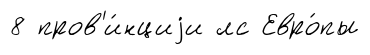
8 пров'и́нциjи лс Евро́пы